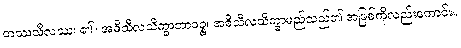
တဿသီလဿ၊ ၏။ အဓိသီလသိက္ခာဘာဝဉ္စ၊ အဓိသီလသိက္ခာမည်သည်၏ အဖြစ်ကိုလည်းကောင်း။